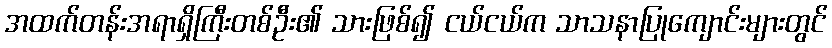
အထက်တန်းအရာရှိကြီးတစ်ဦး၏ သားဖြစ်၍ ငယ်ငယ်က သာသနာပြုကျောင်းများတွင်